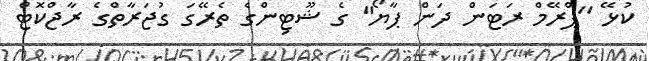
ކުޅޭ ''ޕްރޭމް ރަޓަން ދަން ޕާޔޯ'' ގެ ޝޫޓިންގެ ތެރޭގަ ގުޖަރާތްގެ ރާޖްކޮޓް